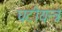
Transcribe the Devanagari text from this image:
घटीयन्त्रं